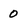
Character: 0